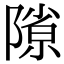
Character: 𨻶